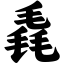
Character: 毳